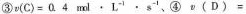
③$$v ( C ) = 0 . 4$$mml\cdot L^{-1}\cdot s^{-1}、④$$v ( D ) =